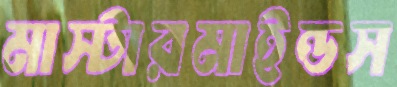
মাস্টারমাইন্ডস